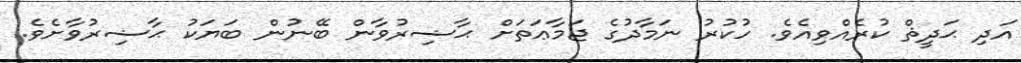
އަދި ޙަދީޘް ކުރެއްވިއެވެ. ހުކުރު ނަމާދުގެ ޖަމާޢަތަށް ޙާޟިރުވާން ބޭނުން ބަޔަކު ޙާޟިރުވާށެވެ.